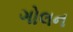
ગોલન